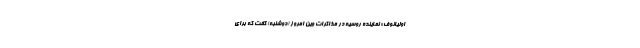
اولیانوف» نماینده روسیه در مذاکرات وین امروز (دوشنبه) گفت که برای